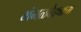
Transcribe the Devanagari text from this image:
मंगळवेढ्याचा